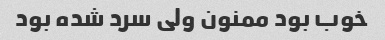
خوب بود ممنون ولی سرد شده بود